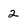
Character: 2